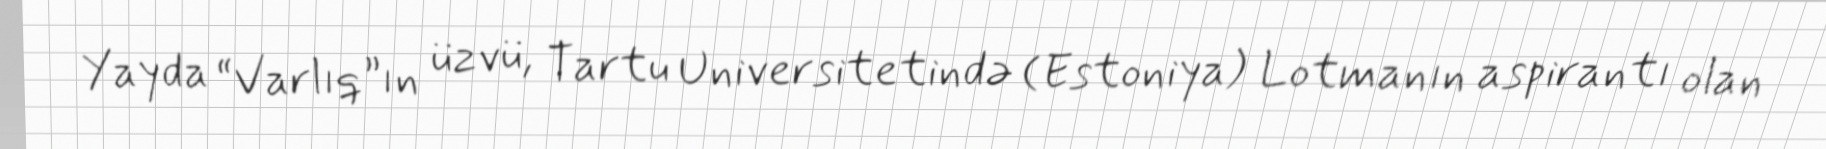
Yayda “Varlıq”ın üzvü, Tartu Universitetində (Estoniya) Lotmanın aspirantı olan